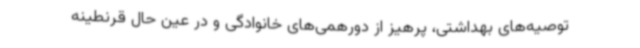
توصیه‌های بهداشتی، پرهیز از دورهمی‌های خانوادگی و در عین حال قرنطینه